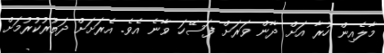
މާލެއިން ހުރާ އަށް ދާން ވަރަށް ފަސޭހަ ވާނެ އެވެ. އެރަށަށް ދަތުރުކުރުމަށް